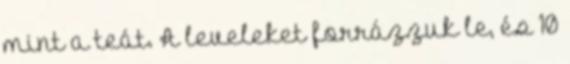
mint a teát. A leveleket forrázzuk le, és 10